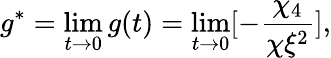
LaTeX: g^{*}=\operatorname*{lim}_{t\rightarrow 0}g(t)=\operatorname*{lim}_{t\rightarrow 0}[-{\frac{\chi_{4}}{\chi\xi^{2}}}],